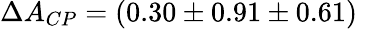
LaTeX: \Delta A_{CP}=(0.30\pm 0.91\pm 0.61)\